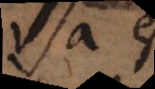
s e